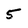
Character: 5